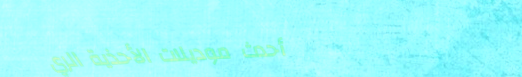
أحدث موديلات الأحذية الري